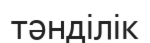
тәнділік